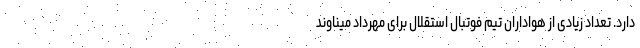
دارد. تعداد زیادی از هواداران تیم فوتبال استقلال برای مهرداد میناوند